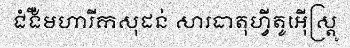
ជំងឺមហារីកសុដន់ សារធាតុហ្វីតូអ៊ើស្ត្រូ